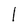
Character: l